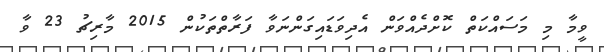
ވީމާ މި މަސައްކަތް ކޮށްދެއްވަން އެދިވަޑައިގަންނަވާ ފަރާތްތަކުން 2015 މާރިޗު 23 ވާ